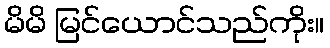
မိမိ မြင်ယောင်သည်ကိုး။